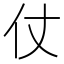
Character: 仗